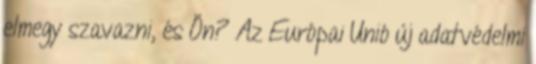
elmegy szavazni, és Ön? Az Európai Unió új adatvédelmi